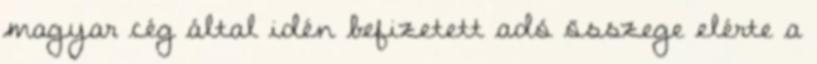
magyar cég által idén befizetett adó összege elérte a